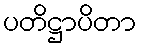
ပတိဋ္ဌာပိတာ